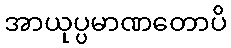
အာယုပ္ပမာဏတောပိ